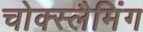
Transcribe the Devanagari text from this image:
चोक्स्लैमिंग